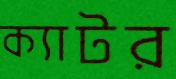
ক্যাটর